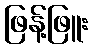
ဖြန့်ဖြူး